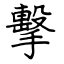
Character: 擊